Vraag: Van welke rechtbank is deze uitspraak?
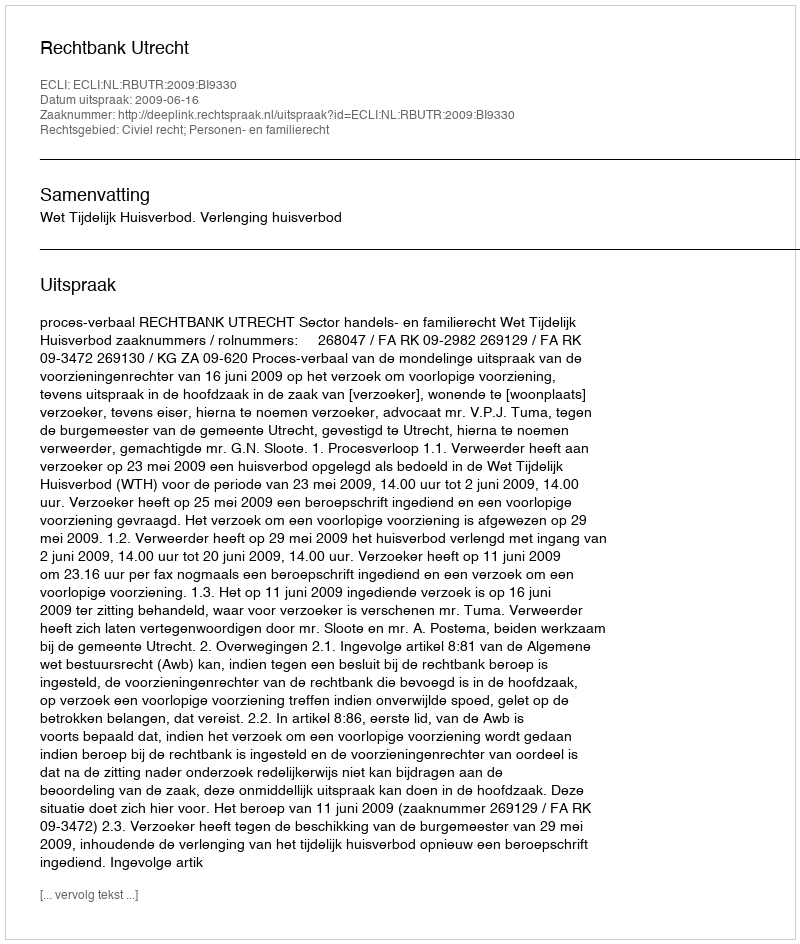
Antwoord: Rechtbank Utrecht